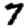
Digit: 7